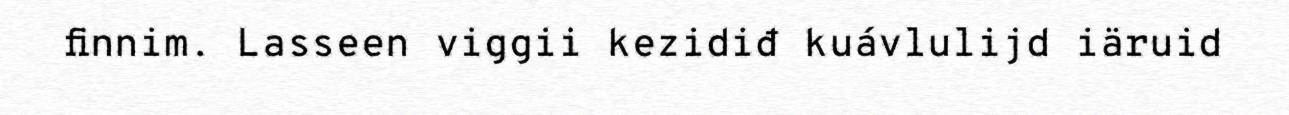
finnim. Lasseen viggii kezidiđ kuávlulijd iäruid